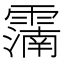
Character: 𩅠